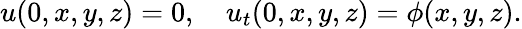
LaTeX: u(0,x,y,z)=0,\quad u_{t}(0,x,y,z)=\phi(x,y,z).